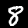
Label: 8